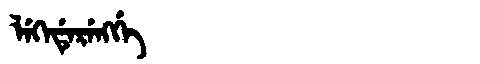
Manchu: ᠯᡝᡴᡝᡩᡝᡵᡝᠩᡤᡝ
Romanization: LEKEDERENGGE